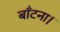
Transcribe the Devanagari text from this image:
बाँटना।